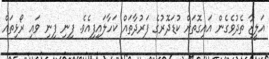
އަލީޒާ ތެދުވެގެން އައިގޮތަށް ކުޑަދޮރުގެ ފަރުދާތައް ކަހާލައިފިއެވެ. ފިނި ފިނި ވައި ރޯޅިތައް